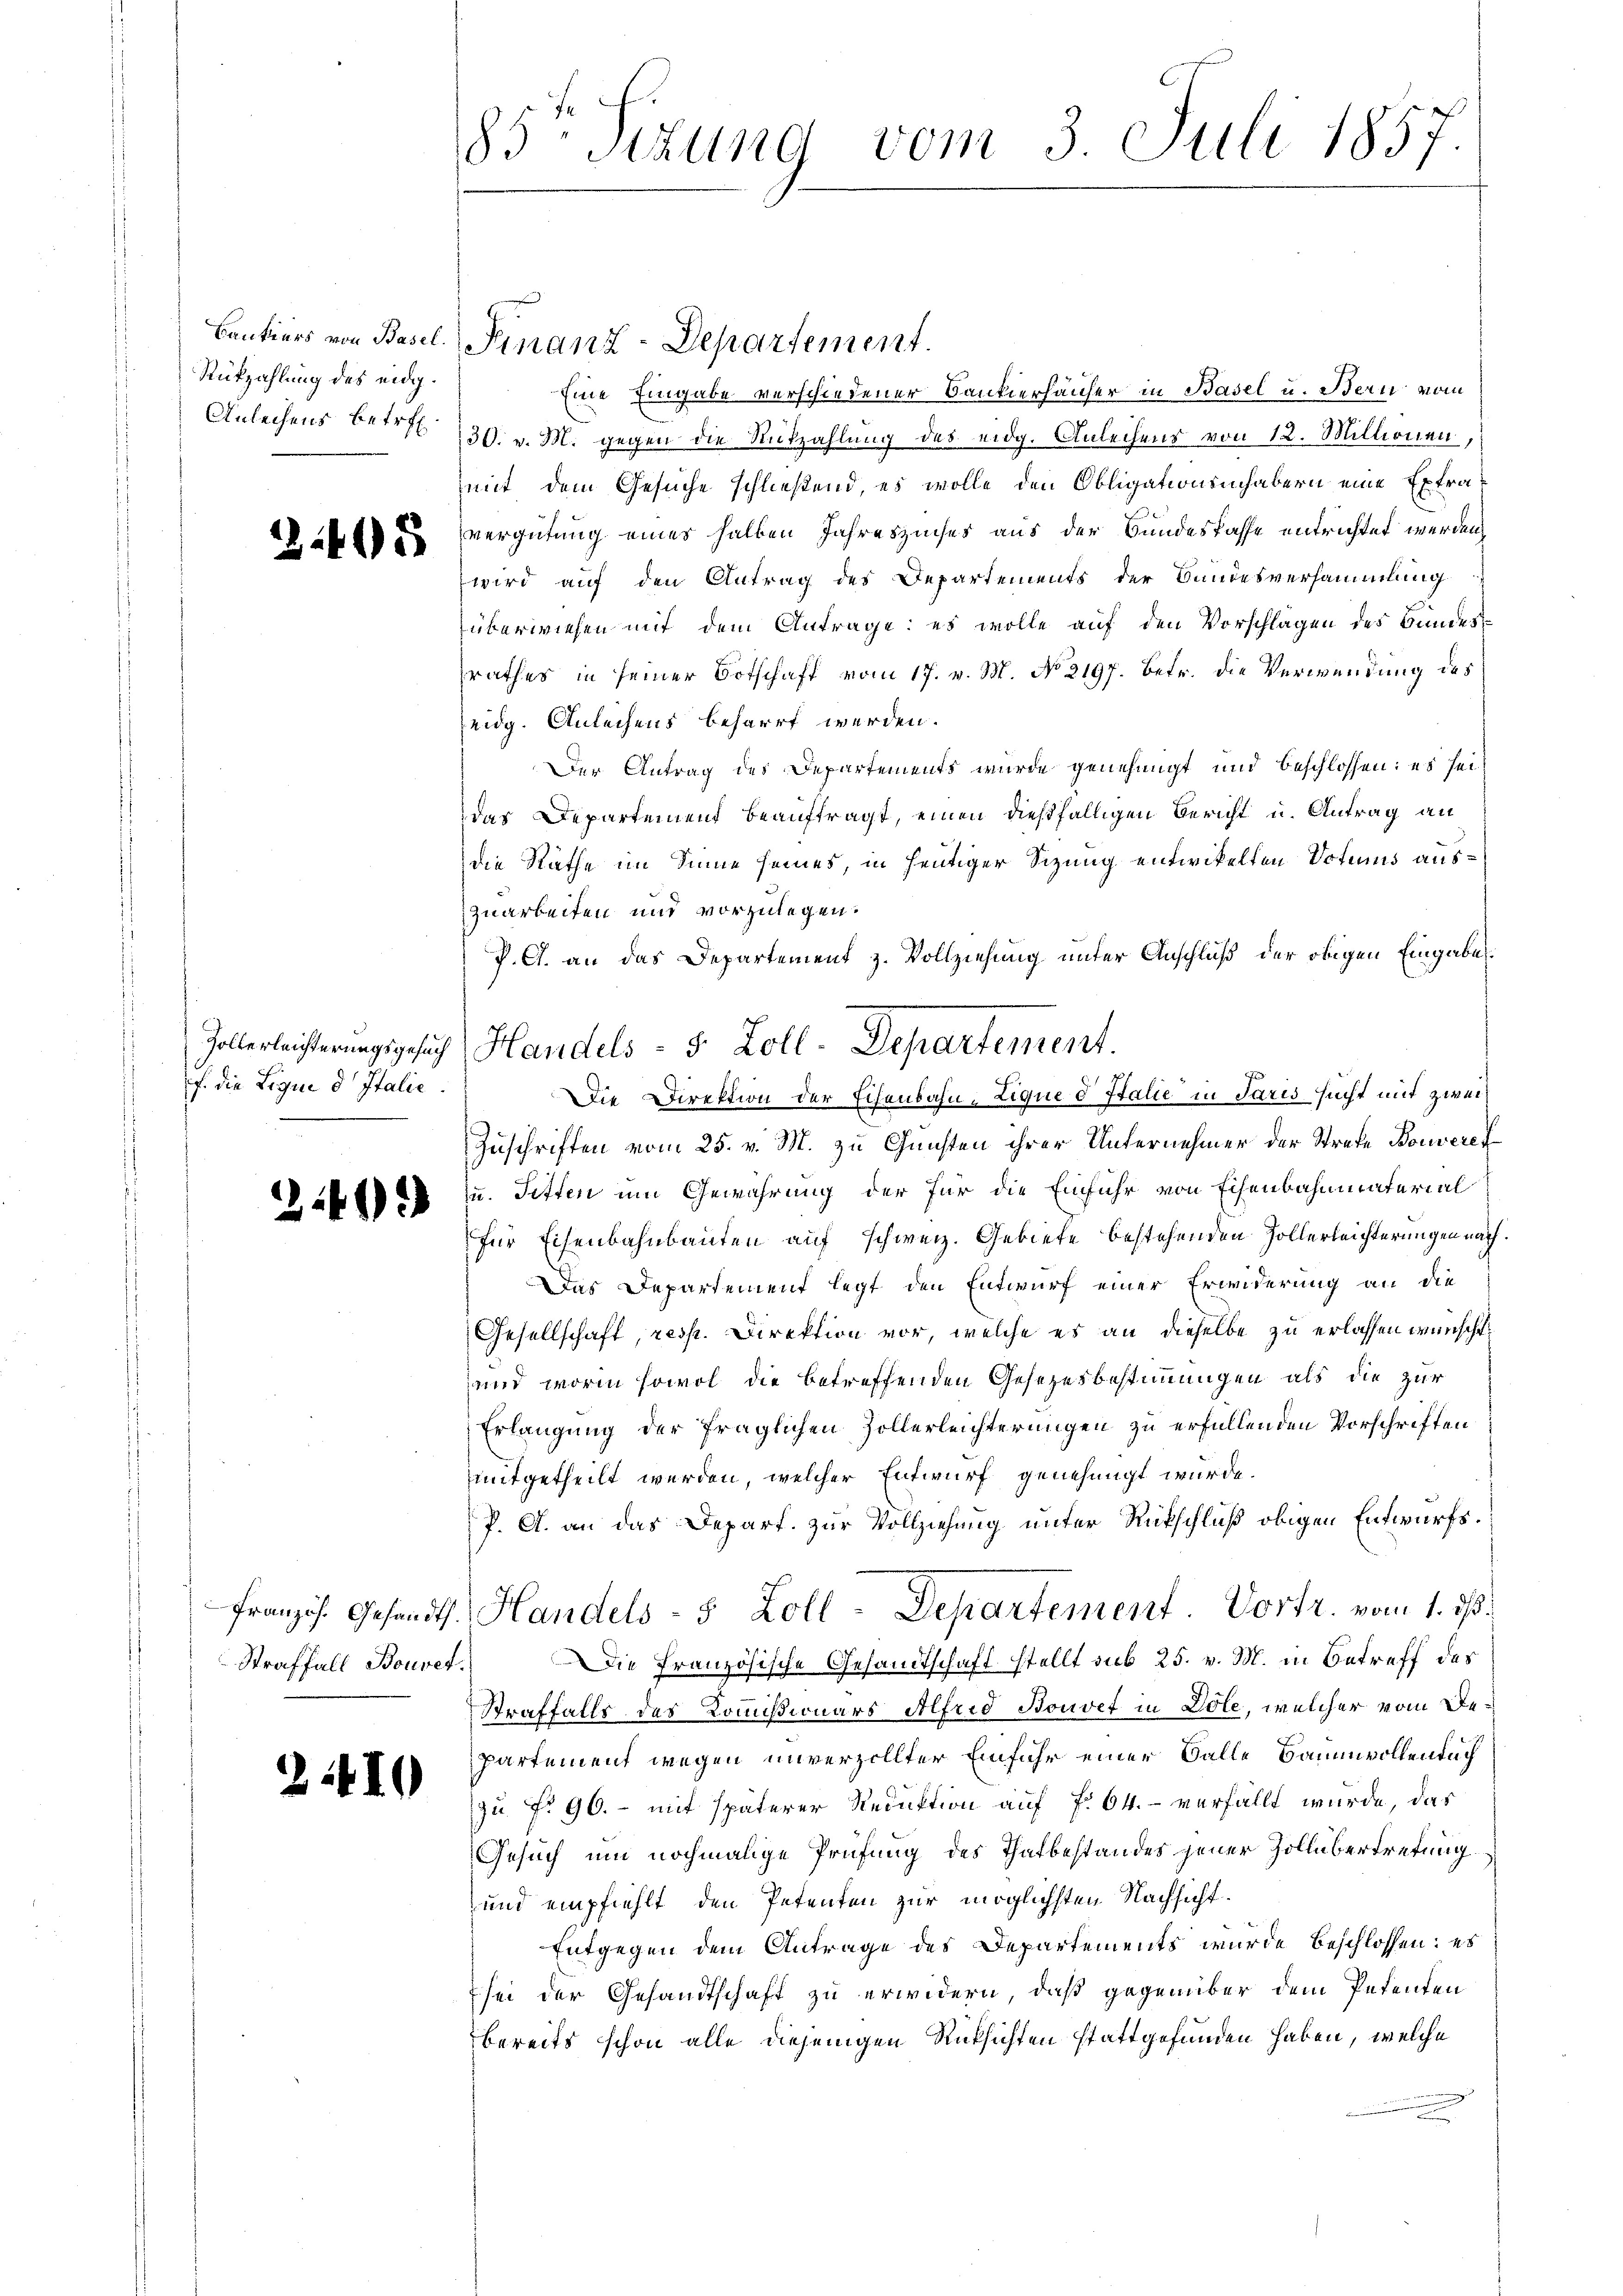
Rükzahlung des eidg.

3408

f. die Liquid Italie

249.

Straffall Bouret.

2410

85 Sizung vom 3 Juli 1857.

Bankiers von Basel. Finanz-Departement.
Eine Eingabe verschiedener Bankierhäuser in Basel u. Bern vom
Anleihens betreff 130. v. M. gegen die Rükzahlung des eidg. Anleihens von 12. Millionen,
mit dem Gesuche schließend, es wolle den Obligationsinhabern eine Extravergütung eines halben Jahreszinses aus der Bundeskasse entrichtet werden,
wird auf den Antrag des Departements der Bundesversammlung
überwiesen mit dem Antrage: es wolle auf den Vorschlagen des Bundessrathes in seiner Botschaft vom 17. v. M. No. 2197. betr. die Verwendung des
eidg. Anleihens beharrt werden.
Der Antrag des Departements wurde genehmigt und beschlossen: es sei
das Departement beauftragt, einen dießfälligen Bericht u. Antrag an
die Räthe im Sinne seines, in heutiger Sizung entwickelten Votums auszuarbeiten und vorzulegen.
P. A. an das Departement z. Vollziehung unter Anschluß der obigen Eingabel¬
Die Direktion der Eisenbahn-Lique d Italie in Paris sucht mit zwei¬
Zuschriften vom 25. v. M. zu Gunsten ihrer Unternehmer der Strafe Bonvere
zu. Sitten um Gewährung der für die Einführ von Eisenbahnmaterial
für Eisenbahnbauten auf schweiz. Gebiete bestehenden Zollerleichterungen nach.
Das Departement legt den Entwurf einer Erwiderung an die
Gesellschaft, resp. Direktion vor, welche es an dieselbe zu erlassen wünscht,
und worin sowol die betreffenden Gesetzesbestimmungen als die zur
Erlangung der fraglichen Zollerleichterungen zu erfüllenden Vorschriften
mitgetheilt werden, welcher Entwurf genehmigt wurde.
P. A. an das Depart. zur Vollziehung unter Rückschluß obigen Entwurfs¬
Französ. Gesandt. Handels- 5 Zoll-Departement. Vortr. vom 1. ds.
Die Französische Gesandtschaft stellt sub 25. v. M. in Betreff des
Straffalls des Kommißionars Alfred Bouvet in Dole, welcher vom Bepartement wegen unverzollter Einfuhr einer Balle Baumwollenbuch
zu § 96. – mit späterer Reduktion auf f. 64. - verfällt wurde, das
Gesuch um nochmalige Prüfung des Thatbestandes jener Zollübertretung
und empfiehlt, den Petenten zur möglichsten Nachsicht.
Entgegen dem Antrage des Departements wurde beschlossen: es
sei der Gesandtschaft zu erwidern, daß gegenüber dem Petenten
bereits schon alle diejenigen Rüksichten stattgefunden haben, welche

Gollerleichterungsgesuch Handels - 5. Zoll-Departement.